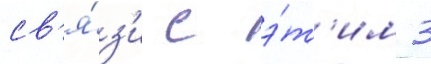
св'я́з'и с э́т'им 3